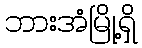
ဘားအံမြို့ရှိ